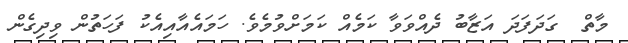
މާތް  ގަދަފަދަ އަޒާބު ދެއްވަވާ ކަމެއް ކަމަށްވުމެވެ. ހަމައެއާއިއެކު ފަހަތުން ވިދިގެން